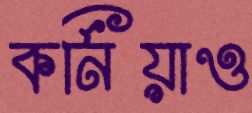
কর্নিয়াও